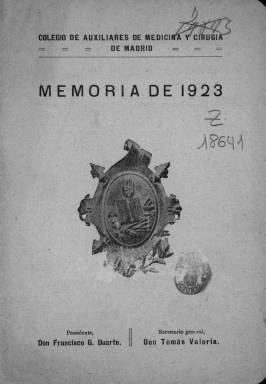
Título: Memoria / Colegio de Auxiliares de Medicina y Cirugía de Madrid
Otros títulos: Memoria del Colegio de Madrid
Colección: Anuarios e informes
Ámbito geográfico: Madrid
Lugar de publicación: Madrid
Fechas: 01/01/1923-31/12/1923